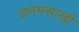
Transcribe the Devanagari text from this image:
जनमसाखी